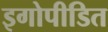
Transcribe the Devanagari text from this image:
इगोपीडित